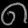
Digit: ၈